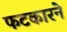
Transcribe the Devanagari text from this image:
फटकारने